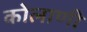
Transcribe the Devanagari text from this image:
कोलाणी